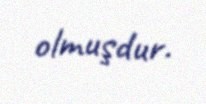
olmuşdur.